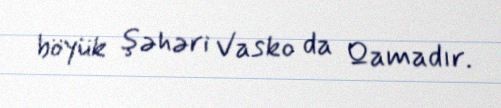
böyük şəhəri Vasko da Qamadır.